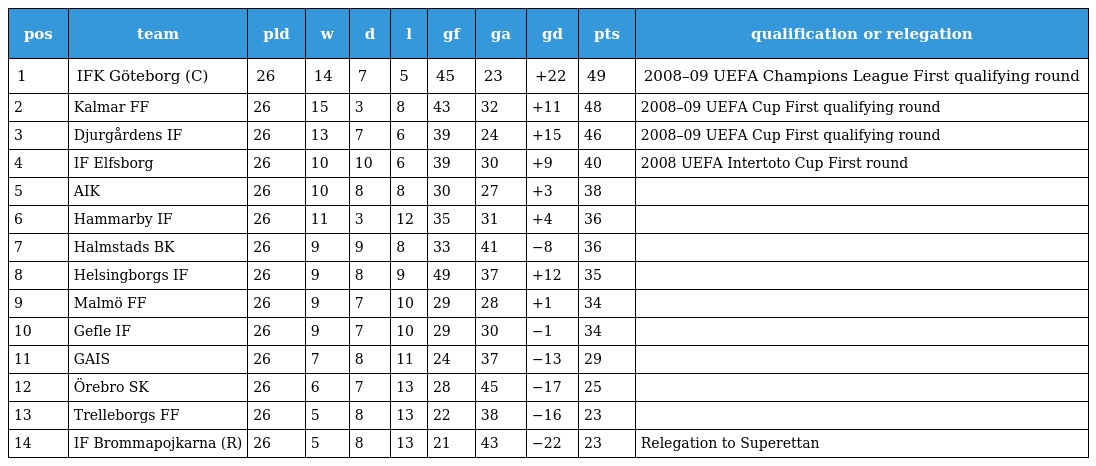
| pos | team | pld | w | d | l | gf | ga | gd | pts | qualification or relegation |
 | --- | --- | --- | --- | --- | --- | --- | --- | --- | --- | --- |
 | 1 | IFK Göteborg (C) | 26 | 14 | 7 | 5 | 45 | 23 | +22 | 49 | 2008–09 UEFA Champions League First qualifying round |
 | 2 | Kalmar FF | 26 | 15 | 3 | 8 | 43 | 32 | +11 | 48 | 2008–09 UEFA Cup First qualifying round |
 | 3 | Djurgårdens IF | 26 | 13 | 7 | 6 | 39 | 24 | +15 | 46 | 2008–09 UEFA Cup First qualifying round |
 | 4 | IF Elfsborg | 26 | 10 | 10 | 6 | 39 | 30 | +9 | 40 | 2008 UEFA Intertoto Cup First round |
 | 5 | AIK | 26 | 10 | 8 | 8 | 30 | 27 | +3 | 38 |  |
 | 6 | Hammarby IF | 26 | 11 | 3 | 12 | 35 | 31 | +4 | 36 |  |
 | 7 | Halmstads BK | 26 | 9 | 9 | 8 | 33 | 41 | −8 | 36 |  |
 | 8 | Helsingborgs IF | 26 | 9 | 8 | 9 | 49 | 37 | +12 | 35 |  |
 | 9 | Malmö FF | 26 | 9 | 7 | 10 | 29 | 28 | +1 | 34 |  |
 | 10 | Gefle IF | 26 | 9 | 7 | 10 | 29 | 30 | −1 | 34 |  |
 | 11 | GAIS | 26 | 7 | 8 | 11 | 24 | 37 | −13 | 29 |  |
 | 12 | Örebro SK | 26 | 6 | 7 | 13 | 28 | 45 | −17 | 25 |  |
 | 13 | Trelleborgs FF | 26 | 5 | 8 | 13 | 22 | 38 | −16 | 23 |  |
 | 14 | IF Brommapojkarna (R) | 26 | 5 | 8 | 13 | 21 | 43 | −22 | 23 | Relegation to Superettan |